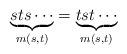
LaTeX: \begin{align*}\underbrace{sts \cdots}_{m(s,t)} = \underbrace{tst \cdots}_{m(s,t)} \end{align*}